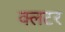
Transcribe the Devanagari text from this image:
क्लटर